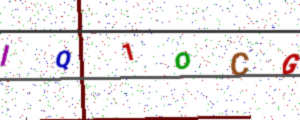
Text: IQ1OCG